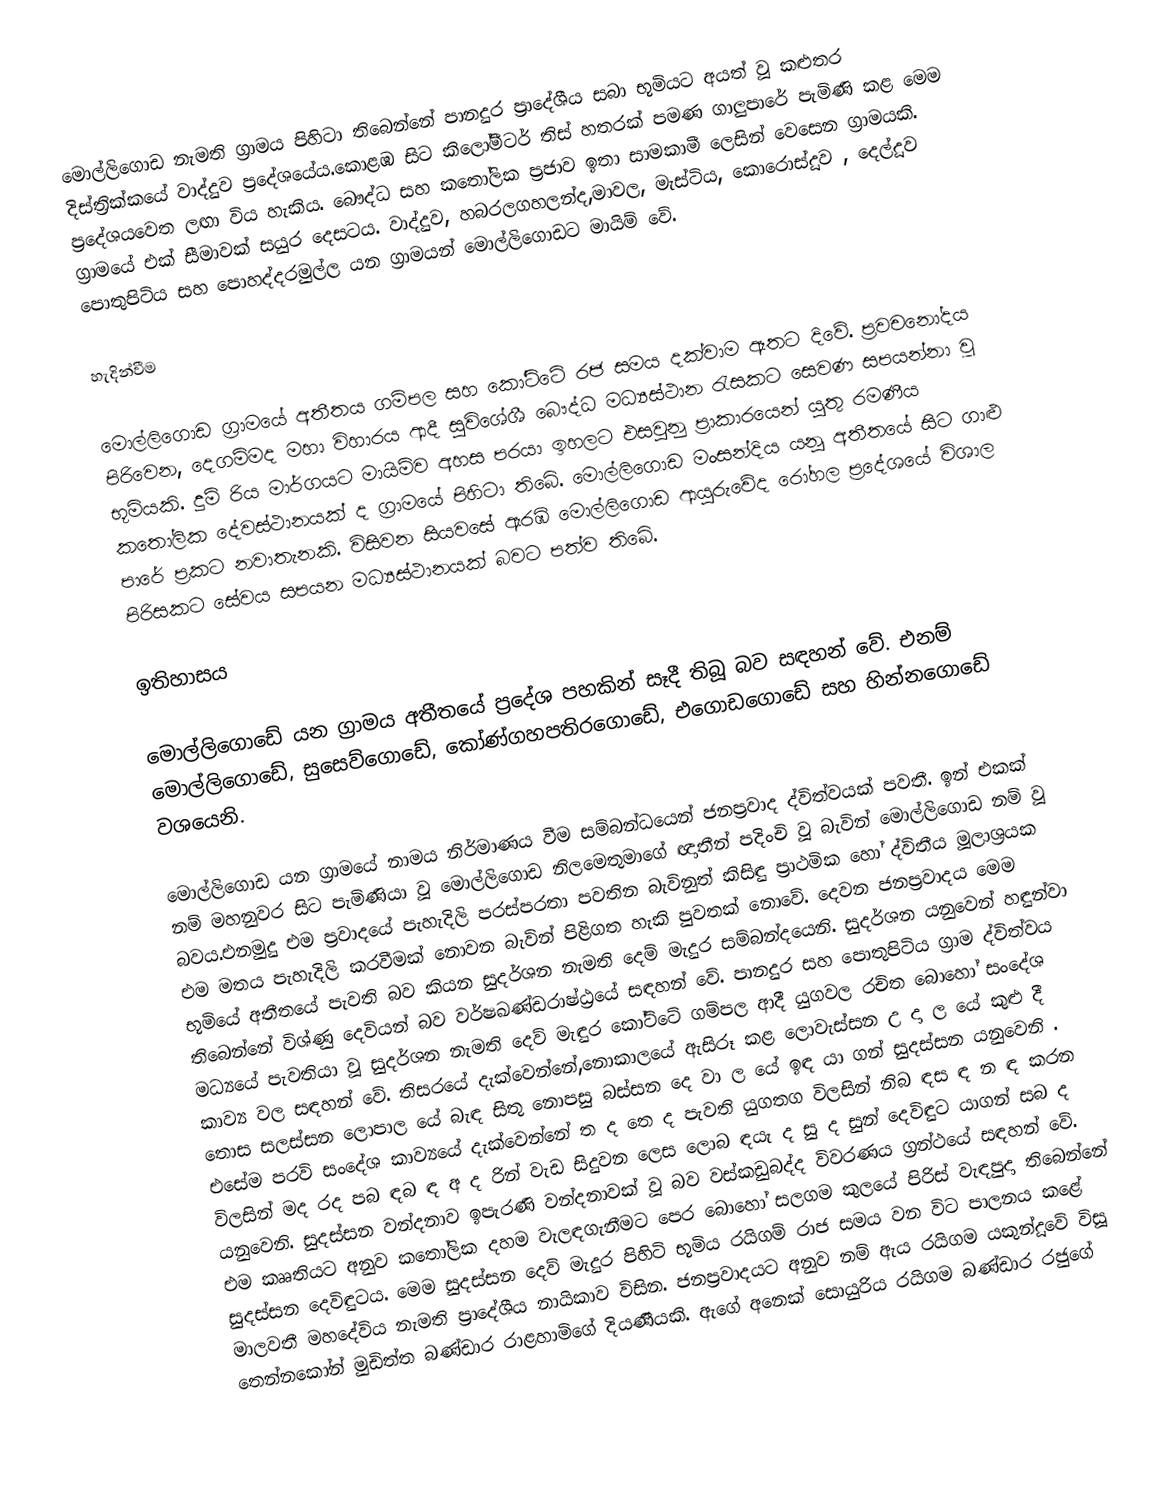
මොල්ලිගොඩ නැමති ග්‍රාමය පිහිටා තිබෙන්නේ පානදුර ප්‍රාදේශීය සබා භූමියට අයත් වූ කළුතර දිස්ත්‍රික්කයේ වාද්දුව ප්‍රදේශයේය.කොළඹ සිට කිලෝමීටර් තිස් හතරක් පමණ ගාලුපාරේ පැමිණි කළ මෙම ප්‍රදේශයවෙත ලඟා විය හැකිය. බෞද්ධ සහ කතෝලික ප්‍රජාව ඉතා සාමකාමී ලෙසින් වෙසෙන ග්‍රාමයකි. ග්‍රාමයේ එක් සීමාවක් සයුර දෙසටය. වාද්දුව, හබරලගහලන්ද,මාවල, මැස්ටිය, කොරොස්දූව , දෙල්දූව පොතුපිටිය සහ පොහද්දරමුල්ල යන ග්‍රාමයන් මොල්ලිගොඩට මායිම් වේ.

හැදින්වීම

මොල්ලිගොඩ ග්‍රාමයේ අතීතය ගම්පල සහ කෝට්ටේ රජ සමය දක්වාම ඈතට දිවේ. ප්‍රවචනෝදය පිරිවෙන, දෙගම්මද මහා විහාරය ආදී සුවිශේශී බෞද්ධ මධ්‍යස්ථාන රැසකට සෙවණ සපයන්නා වූ භූමියකි. දුම්‍ රිය මාර්ගයට මායිම්ව අහස පරයා ඉහලට එසවුනු ප්‍රාකාරයෙන් යුතු රමණීය කතෝලික දේවස්ථානයක් ද ග්‍රාමයේ පිහිටා තිබේ. මොල්ලිගොඩ මංසන්දිය යනූ අතීතයේ සිට ගාළු පාරේ ප්‍රකට නවාතැනකි. විසිවන සියවසේ ඇරඹි මොල්ලිගොඩ ආයුරුවේද රෝහල ප්‍රදේශයේ විශාල පිරිසකට සේවය සපයන මධ්‍යස්ථානයක් බවට පත්ව තිබේ.

ඉතිහාසය

මොල්ලිගොඩේ යන ග්‍රාමය අතීතයේ ප්‍රදේශ පහකින් සෑදී තිබූ බව සඳහන් වේ. එනම් මොල්ලිගොඩේ, සුසෙව්ගොඩේ, කෝණ්ගහපතිරගොඩේ, එගොඩගොඩේ සහ හින්නගොඩේ වශයෙනි.

මොල්ලිගොඩ යන ග්‍රාමයේ නාමය නිර්මාණය වීම සම්බන්ධයෙන් ජනප්‍රවාද ද්විත්වයක් පවතී. ඉන් එකක් නම් මහනුවර සිට පැමිණියා වූ මොල්ලිගොඩ නිලමෙතුමාගේ ඥාතීන් පදිංචි වූ බැවින් මොල්ලිගොඩ නම් වූ බවය.එනමුදු එම ප්‍රවාදයේ පැහැදිලි පරස්පරතා පවතින බැවිනුත් කිසිඳු ප්‍රාථමික හෝ ද්විතීය මූලාශ්‍රයක එම මතය පැහැදිලි කරවීමක් නොවන බැවින් පිළිගත හැකි පුවතක් නොවේ. දෙවන ජනප්‍රවාදය මෙම භූමියේ අතීතයේ පැවති බව කියන සුදර්ශන නැමති දෙම් මැදුර සම්බන්දයෙනි. සුදර්ශන යනුවෙන් හඳුන්වා තිබෙන්නේ විශ්ණු දෙවියන් බව වර්ෂඛණ්ඩරාෂ්ඨ්‍රයේ සඳහන් වේ. පානදුර සහ පොතුපිටිය ග්‍රාම ද්විත්වය මධ්‍යයේ පැවතියා වූ සුදර්ශන නැමති දෙව් මැඳුර කෝට්ටේ ගම්පල ආදී යුගවල රචිත බොහෝ සංදේශ කාව්‍ය වල සඳහන් වේ. තිසරයේ දැක්වෙන්නේ,නොකාලයේ ඇසිරූ කළ ලොවැස්සන  උ දා ල යේ කුළු දී තොස සලස්සන ලොපාල යේ බැඳ සිතු නොපසු බස්සන දෙ වා ල යේ ඉඳ යා ගන් සුදස්සන යනුවෙනි . එසේම පරවි සංදේශ කාව්‍යයේ දැක්වෙන්නේ ත ද තෙ ද පැවති යුගතග විලසින් නිබ ඳස ඳ න ඳ කරන විලසින් මද රද පබ ඳබ ඳ අ ද රින් වැඩ සිදුවන ලෙස ලොබ ඳයැ ද සු ද සුන් දෙවිඳුට යාගන් සබ ද යනුවෙනි. සුදස්සන වන්දනාව ඉපැරණි වන්දනාවක් වූ බව වස්කඩුබද්ද විවරණය ග්‍රන්ථයේ සඳහන් වේ. එම කෲතියට අනුව කතෝලික දහම වැලඳගැනීමට පෙර බොහෝ සලගම කුලයේ පිරිස් වැඳපුදා තිබෙන්නේ සුදස්සන දෙවිඳුටය.  මෙම සුදස්සන දෙව් මැදුර පිහිටි භූමිය රයිගම් රාජ සමය වන විට පාලනය කළේ මාලවතී මහදේවිය නැමති ප්‍රාදේශීය නායිකාව විසින. ජනප්‍රවාදයට අනුව නම් ඇය රයිගම යකුන්දූවේ විසූ තෙන්නකෝන් මුඩිත්ත බණ්ඩාර රාළහාමිගේ දියණීයකි. ඇගේ අනෙක් සොයුරිය රයිගම බණ්ඩාර රජුගේ